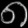
Digit: ၈